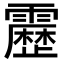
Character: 𮦷